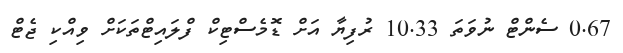
0.67 ސެންޓް ނުވަތަ 10.33 ރުފިޔާ އަށް ޑޮމެސްޓިކް ފްލައިޓްތަކަށް ވިއްކި ޖެޓް